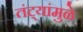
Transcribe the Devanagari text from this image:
तंट्यांमुळे